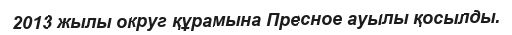
2013 жылы округ құрамына Пресное ауылы қосылды.